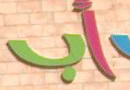
اب